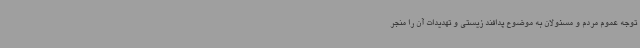
توجه عموم مردم و مسئولان به موضوع پدافند زیستی و تهدیدات آن را منجر